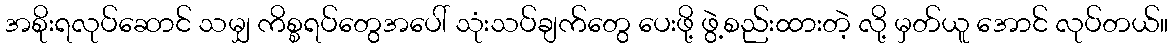
အစိုးရလုပ်ဆောင် သမျှ ကိစ္စရပ်တွေအပေါ် သုံးသပ်ချက်တွေ ပေးဖို့ ဖွဲ့စည်းထားတဲ့ လို့ မှတ်ယူ အောင် လုပ်တယ်။